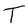
Character: T